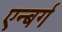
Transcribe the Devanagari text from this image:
एन्बर्ग